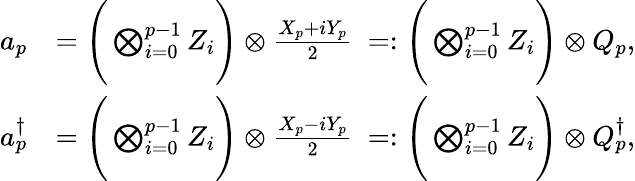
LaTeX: \begin{array}{rl}{a_{p}}&{=\Bigg(\bigotimes_{i=0}^{p-1}Z_{i}\Bigg)\otimes\frac{X_{p}+iY_{p}}{2}~=:\Bigg(\bigotimes_{i=0}^{p-1}Z_{i}\Bigg)\otimes Q_{p},}\\ {a_{p}^{\dagger}}&{=\Bigg(\bigotimes_{i=0}^{p-1}Z_{i}\Bigg)\otimes\frac{X_{p}-iY_{p}}{2}~=:\Bigg(\bigotimes_{i=0}^{p-1}Z_{i}\Bigg)\otimes Q_{p}^{\dagger},}\end{array}